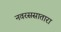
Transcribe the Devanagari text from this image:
नवरससातारा